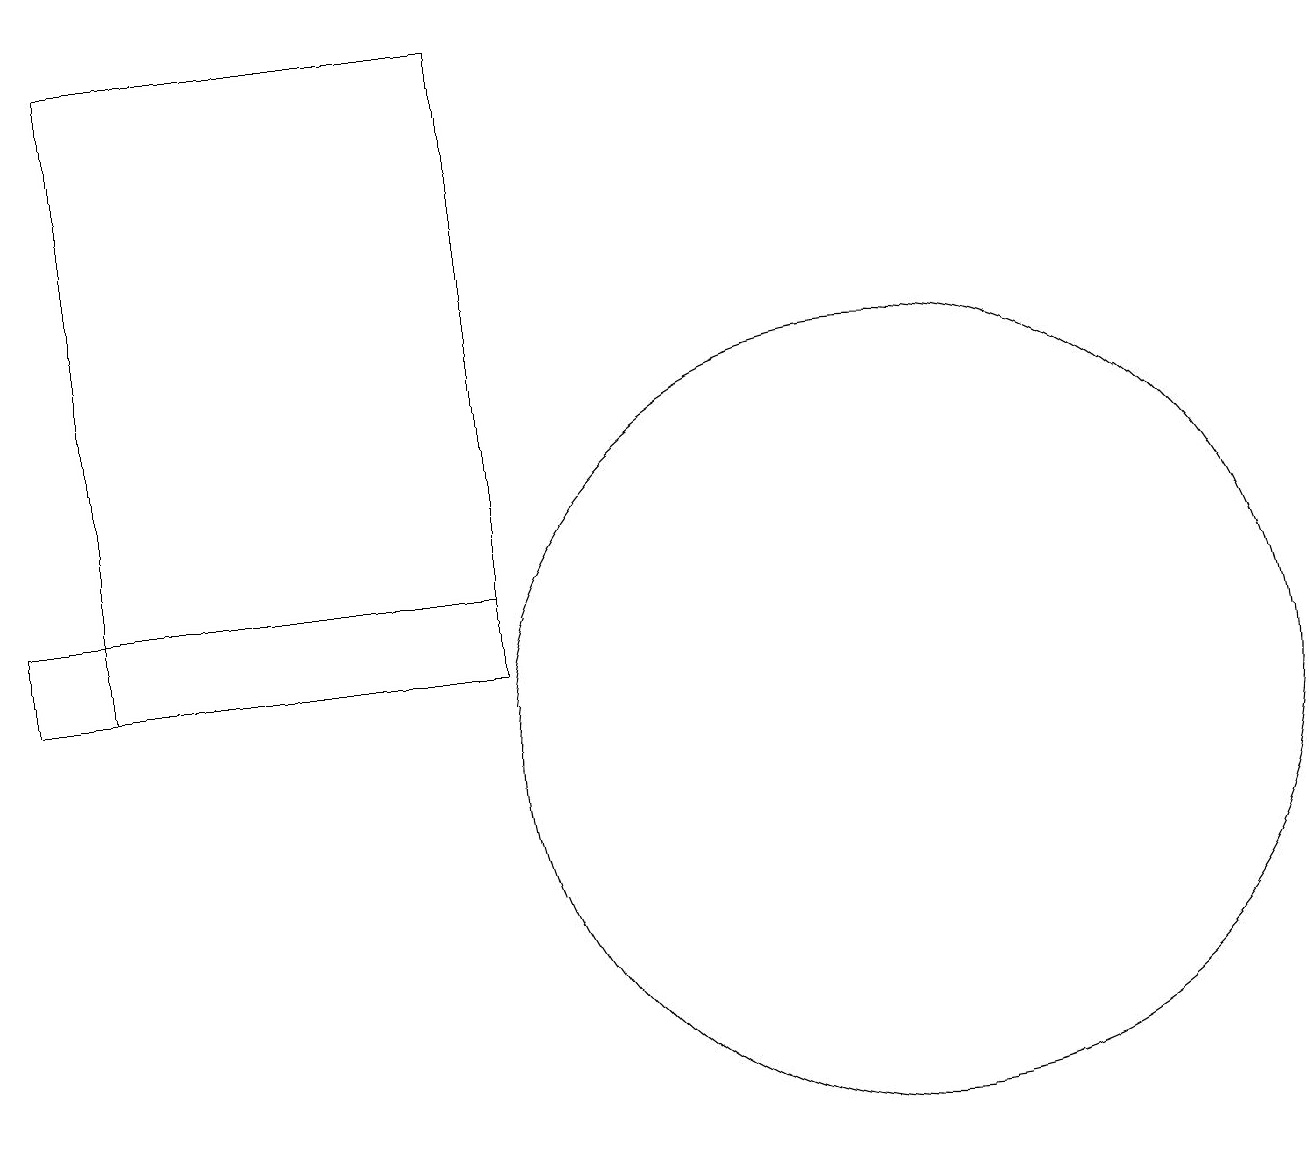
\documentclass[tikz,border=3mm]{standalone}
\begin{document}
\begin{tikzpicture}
\draw (2,19) rectangle (7,11);
\draw (12,12) circle (0);
\draw (12,10) circle (5);
\draw (7,12) rectangle (1,11);
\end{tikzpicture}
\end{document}